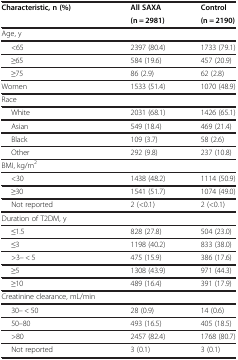
<table><thead><tr><td rowspan="2"><b>Characteristic, n (%)</b></td><td><b>All SAXA</b></td><td><b>Control</b></td></tr><tr><td><b>(n = 2981)</b></td><td><b>(n = 2190)</b></td></tr></thead><tbody><tr><td>Age, y</td><td> </td><td> </td></tr><tr><td>&lt;65</td><td>2397 (80.4)</td><td>1733 (79.1)</td></tr><tr><td>≥65</td><td>584 (19.6)</td><td>457 (20.9)</td></tr><tr><td>≥75</td><td>86 (2.9)</td><td>62 (2.8)</td></tr><tr><td>Women</td><td>1533 (51.4)</td><td>1070 (48.9)</td></tr><tr><td>Race</td><td> </td><td> </td></tr><tr><td>White</td><td>2031 (68.1)</td><td>1426 (65.1)</td></tr><tr><td>Asian</td><td>549 (18.4)</td><td>469 (21.4)</td></tr><tr><td>Black</td><td>109 (3.7)</td><td>58 (2.6)</td></tr><tr><td>Other</td><td>292 (9.8)</td><td>237 (10.8)</td></tr><tr><td>BMI, kg/m<sup>2</sup></td><td> </td><td> </td></tr><tr><td>&lt;30</td><td>1438 (48.2)</td><td>1114 (50.9)</td></tr><tr><td>≥30</td><td>1541 (51.7)</td><td>1074 (49.0)</td></tr><tr><td>Not reported</td><td>2 (&lt;0.1)</td><td>2 (&lt;0.1)</td></tr><tr><td>Duration of T2DM, y</td><td> </td><td> </td></tr><tr><td>≤1.5</td><td>828 (27.8)</td><td>504 (23.0)</td></tr><tr><td>≤3</td><td>1198 (40.2)</td><td>833 (38.0)</td></tr><tr><td>&gt;3– &lt; 5</td><td>475 (15.9)</td><td>386 (17.6)</td></tr><tr><td>≥5</td><td>1308 (43.9)</td><td>971 (44.3)</td></tr><tr><td>≥10</td><td>489 (16.4)</td><td>391 (17.9)</td></tr><tr><td>Creatinine clearance, mL/min</td><td> </td><td> </td></tr><tr><td>30– &lt; 50</td><td>28 (0.9)</td><td>14 (0.6)</td></tr><tr><td>50–80</td><td>493 (16.5)</td><td>405 (18.5)</td></tr><tr><td>&gt;80</td><td>2457 (82.4)</td><td>1768 (80.7)</td></tr><tr><td>Not reported</td><td>3 (0.1)</td><td>3 (0.1)</td></tr></tbody></table>